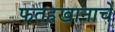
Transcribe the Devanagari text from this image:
फतहखानाचे